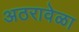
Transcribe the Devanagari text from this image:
अठरावेळा